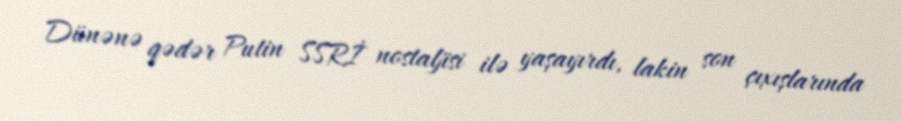
Dünənə qədər Putin SSRİ nostaljisi ilə yaşayırdı, lakin son çıxışlarında